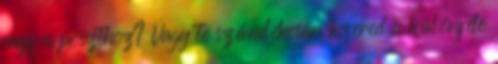
vagy a poszthoz? Vagy te szándékosan kevered a különféle